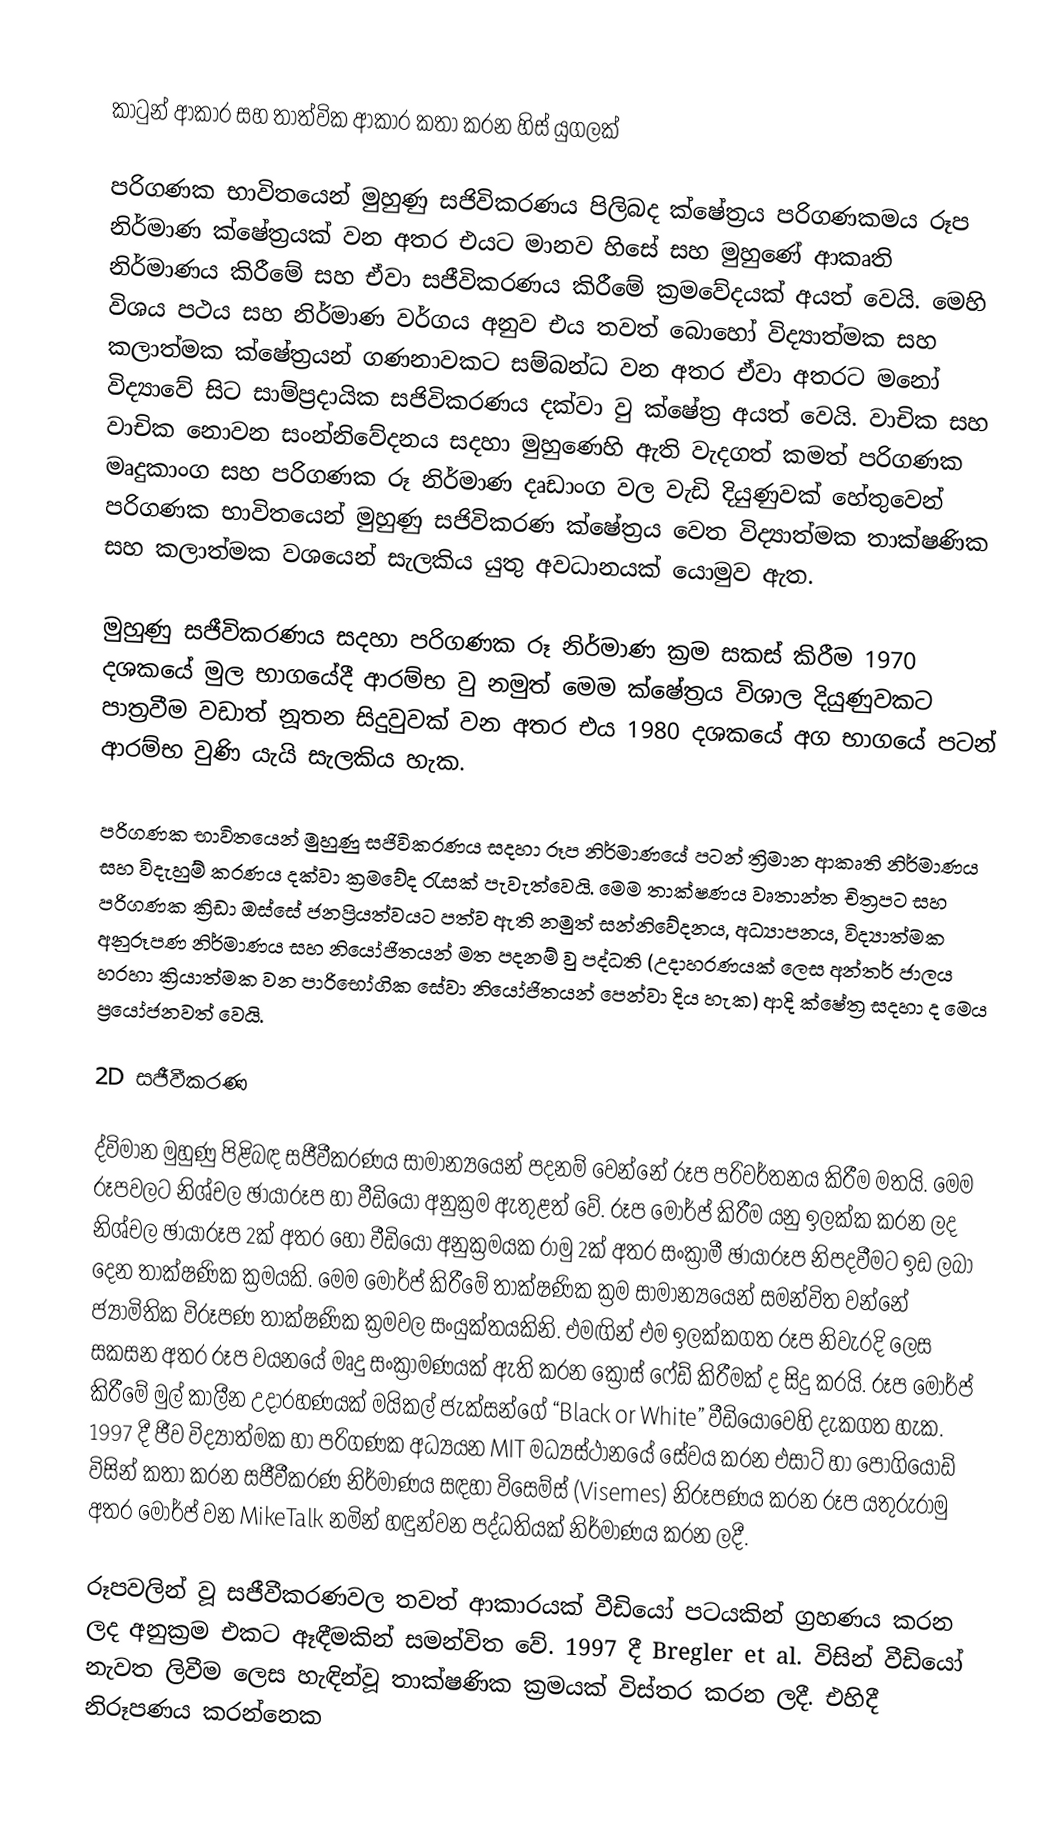

කා‍ටුන් ආකාර සහ තාත්වික ආකාර කතා කරන හිස් යුගලක්

පරිගණක භාවිතයෙන් මුහුණු සජිවිකරණය පිලිබද ක්ෂේත්‍රය පරිගණකමය රූප නිර්මාණ ක්ෂේත්‍රයක් වන අතර එයට මානව හිසේ සහ මුහුණේ ආකෘති නිර්මාණය කිරීමේ සහ ඒවා සජීවිකරණය කිරීමේ ක්‍රමවේදයක් අයත් වෙයි. මෙහි විශය පථය සහ නිර්මාණ වර්ගය අනුව එය තවත් බොහෝ විද්‍යාත්මක සහ කලාත්මක ක්ෂේත්‍රයන් ගණනාවකට සම්බන්ධ වන අතර ඒවා අතරට මනෝ විද්‍යාවේ සිට සාම්ප්‍රදායික සජිවිකරණය දක්වා වු ක්ෂේත්‍ර අයත් වෙයි. වාචික සහ වාචික නොවන සංන්නිවේදනය සදහා මුහුණෙහි ඇති වැදගත් කමත් පරිගණක මෘදුකාංග සහ පරිගණක රූ නිර්මාණ දෘඩාංග වල වැඩි දියුණුවක් හේතුවෙන් පරිගණක භාවිතයෙන් මුහුණු සජිවිකරණ ක්ෂේත්‍රය වෙත විද්‍යාත්මක තාක්ෂණික සහ කලාත්මක වශයෙන් සැලකිය යුතු අවධානයක් යොමුව ඇත.

මුහුණු සජීවිකරණය සදහා පරිගණක රූ නිර්මාණ ක්‍රම සකස් කිරීම 1970 දශකයේ මුල භාගයේදී ආරම්භ වු නමුත් මෙම ක්ෂේත්‍රය විශාල දියුණුවකට පාත්‍රවීම වඩාත් නූතන සිදුවුවක් වන අතර එය 1980 දශකයේ අග භාගයේ පටන් ආරම්භ වුණි යැයි සැලකිය හැක.

පරිගණක භාවිතයෙන් මුහුණු සජිවිකරණය සදහා රූප නිර්මාණයේ පටන් ත්‍රිමාන ආකෘති නිර්මාණය සහ විදැහුම් කරණය දක්වා ක්‍රමවේද රැසක් පැවැත්වෙයි. මෙම තාක්ෂණය වෘතාන්ත චිත්‍රපට  සහ පරිගණක ක්‍රිඩා ඔස්සේ ජනප්‍රියත්වයට පත්ව ඇති නමුත් සන්නිවේදනය, අධ්‍යාපනය, විද්‍යාත්මක අනුරූපණ නිර්මාණය සහ නියෝජිතයන් මත පදනම් වු පද්ධති (උදාහරණයක් ලෙස අන්තර් ජාලය හරහා ක්‍රියාත්මක වන පාරිභෝගික සේවා නියෝජිතයන් පෙන්වා දිය හැක‍) ආදි ක්ෂේත්‍ර සදහා ද මෙය ප්‍රයෝජනවත් වෙයි.

2D සජීවීකරණ

ද්විමාන මුහුණු පිළිබඳ සජීවීකරණය සාමාන්‍යයෙන් පදනම් වෙන්නේ රූප පරිවර්තනය කිරීම මතයි. මෙම රූපවලට නිශ්චල ඡායාරූප හා වීඩියෝ අනුක්‍රම ඇතුළත් වේ. රූප මෝර්ප් කිරීම යනු ඉලක්ක කරන ලද නිශ්චල ඡායාරූප 2ක් අතර හෝ වීඩියෝ අනුක්‍රමයක රාමු 2ක් අතර සංක්‍රාමී ඡායාරූප නිපදවීමට ඉඩ ලබා දෙන තාක්ෂණික ක්‍රමයකි. මෙම මෝර්ප් කිරීමේ තාක්ෂණික ක්‍රම සාමාන්‍යයෙන් සමන්විත වන්නේ ජ්‍යාමිතික විරූපණ තාක්ෂණික ක්‍රමවල සංයුක්තයකිනි. එමඟින් එම ඉලක්කගත රූප නිවැරදි ලෙස සකසන අතර රූප වයනයේ මෘදු සංක්‍රාමණයක් ඇති කරන ක්‍රොස් ෆේඩ් කිරීමක් ද සිදු කරයි. රූප මෝර්ප් කිරීමේ මුල් කාලීන උදාරහණයක් මයිකල් ජැක්සන්ගේ “Black or White” වී‍ඩියෝවෙහි දැකගත හැක. 1997 දී ජීව විද්‍යාත්මක හා පරිගණක අධ්‍යයන MIT මධ්‍යස්ථානයේ සේවය කරන එසාට් හා පොගියෝඩ් විසින් කතා කරන සජීවීකරණ නිර්මාණය සඳහා විසෙම්ස් (Visemes) නිරූපණය කරන රූප යතුරුරාමු අතර මෝර්ප් වන MikeTalk නමින් හඳුන්වන පද්ධතියක් නිර්මාණය කරන ලදී.

රූපවලින් වූ සජීවීකරණවල තවත් ආකාරයක් වීඩියෝ පටයකින් ග්‍රහණය කරන ලද අනුක්‍රම එකට ඈඳීමකින් සමන්විත වේ. 1997 දී Bregler et al. විසින් වීඩියෝ නැවත ලිවීම ලෙස හැඳින්වූ තාක්ෂණික ක්‍රමයක් විස්තර කරන ලදී. එහිදී නිරූපණය කරන්නෙක